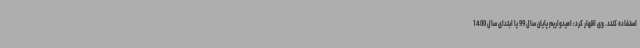
استفاده کنند. وی اظهار کرد: امیدواریم پایان سال 99 یا ابتدای سال 1400